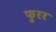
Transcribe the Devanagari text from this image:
फुरर